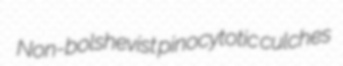
Non-bolshevist pinocytotic culches